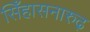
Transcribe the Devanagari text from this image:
सिँहासनारुढ़